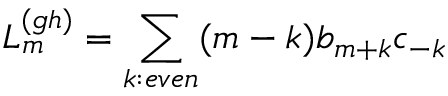
L _ { m } ^ { ( g h ) } = \sum _ { k : e v e n } ( m - k ) b _ { m + k } c _ { - k }